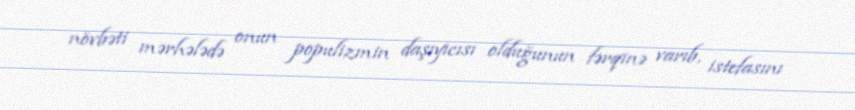
növbəti mərhələdə onun populizmin daşıyıcısı olduğunun fərqinə varıb, istefasını